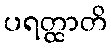
ပရတ္ထာတိ